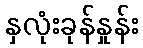
နှလုံးခုန်နှုန်း